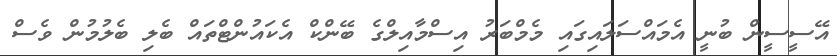
އޭސީސީން ބުނީ އެމައްސަލައިގައި މެމްބަރު އިސްމާއިލްގެ ބޭންކް އެކައުންޓްތައް ބެލި ބެލުމުން ވެސް